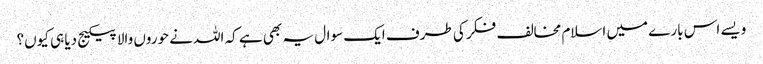
ویسے اس بارے میں اسلام مخالف فکر کی طرف ایک سوال یہ بھی ہے کہ اللہ نے حوروں والا پیکیج دیا ہی کیوں؟